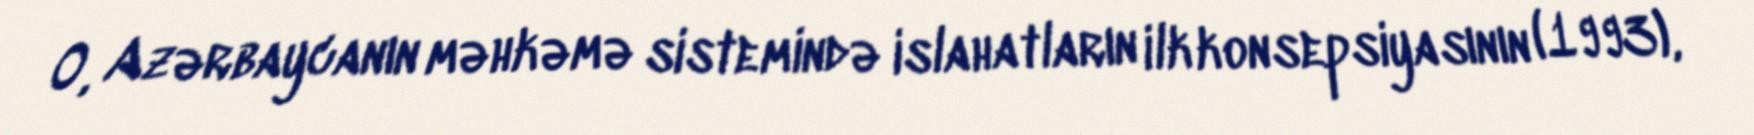
O, Azərbaycanın məhkəmə sistemində islahatların ilk konsepsiyasının (1993),